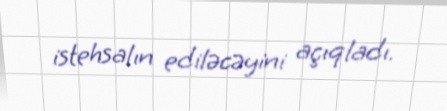
istehsalın ediləcəyini açıqladı.